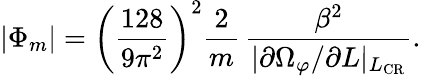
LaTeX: \vert\Phi_{m}\vert=\left(\frac{128}{9\pi^{2}}\right)^{2}\frac{2}{m}\, \frac{\beta^{2}}{\vert\partial\Omega_{\varphi}/\partial L\vert_{L_{\mathrm{CR}}}}.